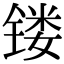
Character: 镂